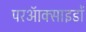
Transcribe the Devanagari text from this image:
परऑक्साइडों